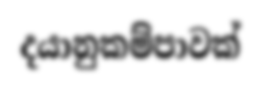
දයානුකම්පාවක්